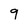
Character: 9